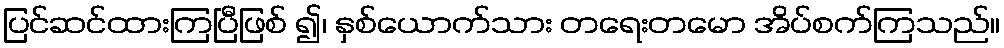
ပြင်ဆင်ထားကြပြီဖြစ် ၍၊ နှစ်ယောက်သား တရေးတမော အိပ်စက်ကြသည်။